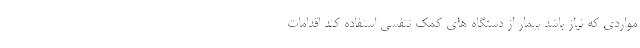
مواردی که نیاز باشد بیمار از دستگاه های کمک تنفسی استفاده کند اقدامات